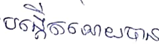
បង្កើតអោយមាន